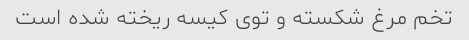
تخم مرغ شکسته و توی کیسه ریخته شده است